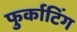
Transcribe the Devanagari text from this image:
फुर्काटिंग